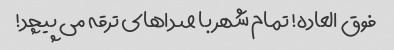
فوق العاده! تمام شهر با صداهای ترقه می پیچد!